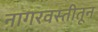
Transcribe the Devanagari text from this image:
नागरवस्तीतून